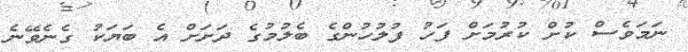
ނަމަވެސް ކުށް ކުރުމަށް ފަހު ފުލުހުންގެ ބެލުމުގެ ދަށަށް އެ ބަޔަކު ގެނެވޭނެ